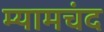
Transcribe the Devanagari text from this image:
म्यामचंद